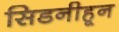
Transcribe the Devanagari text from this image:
सिडनीहून